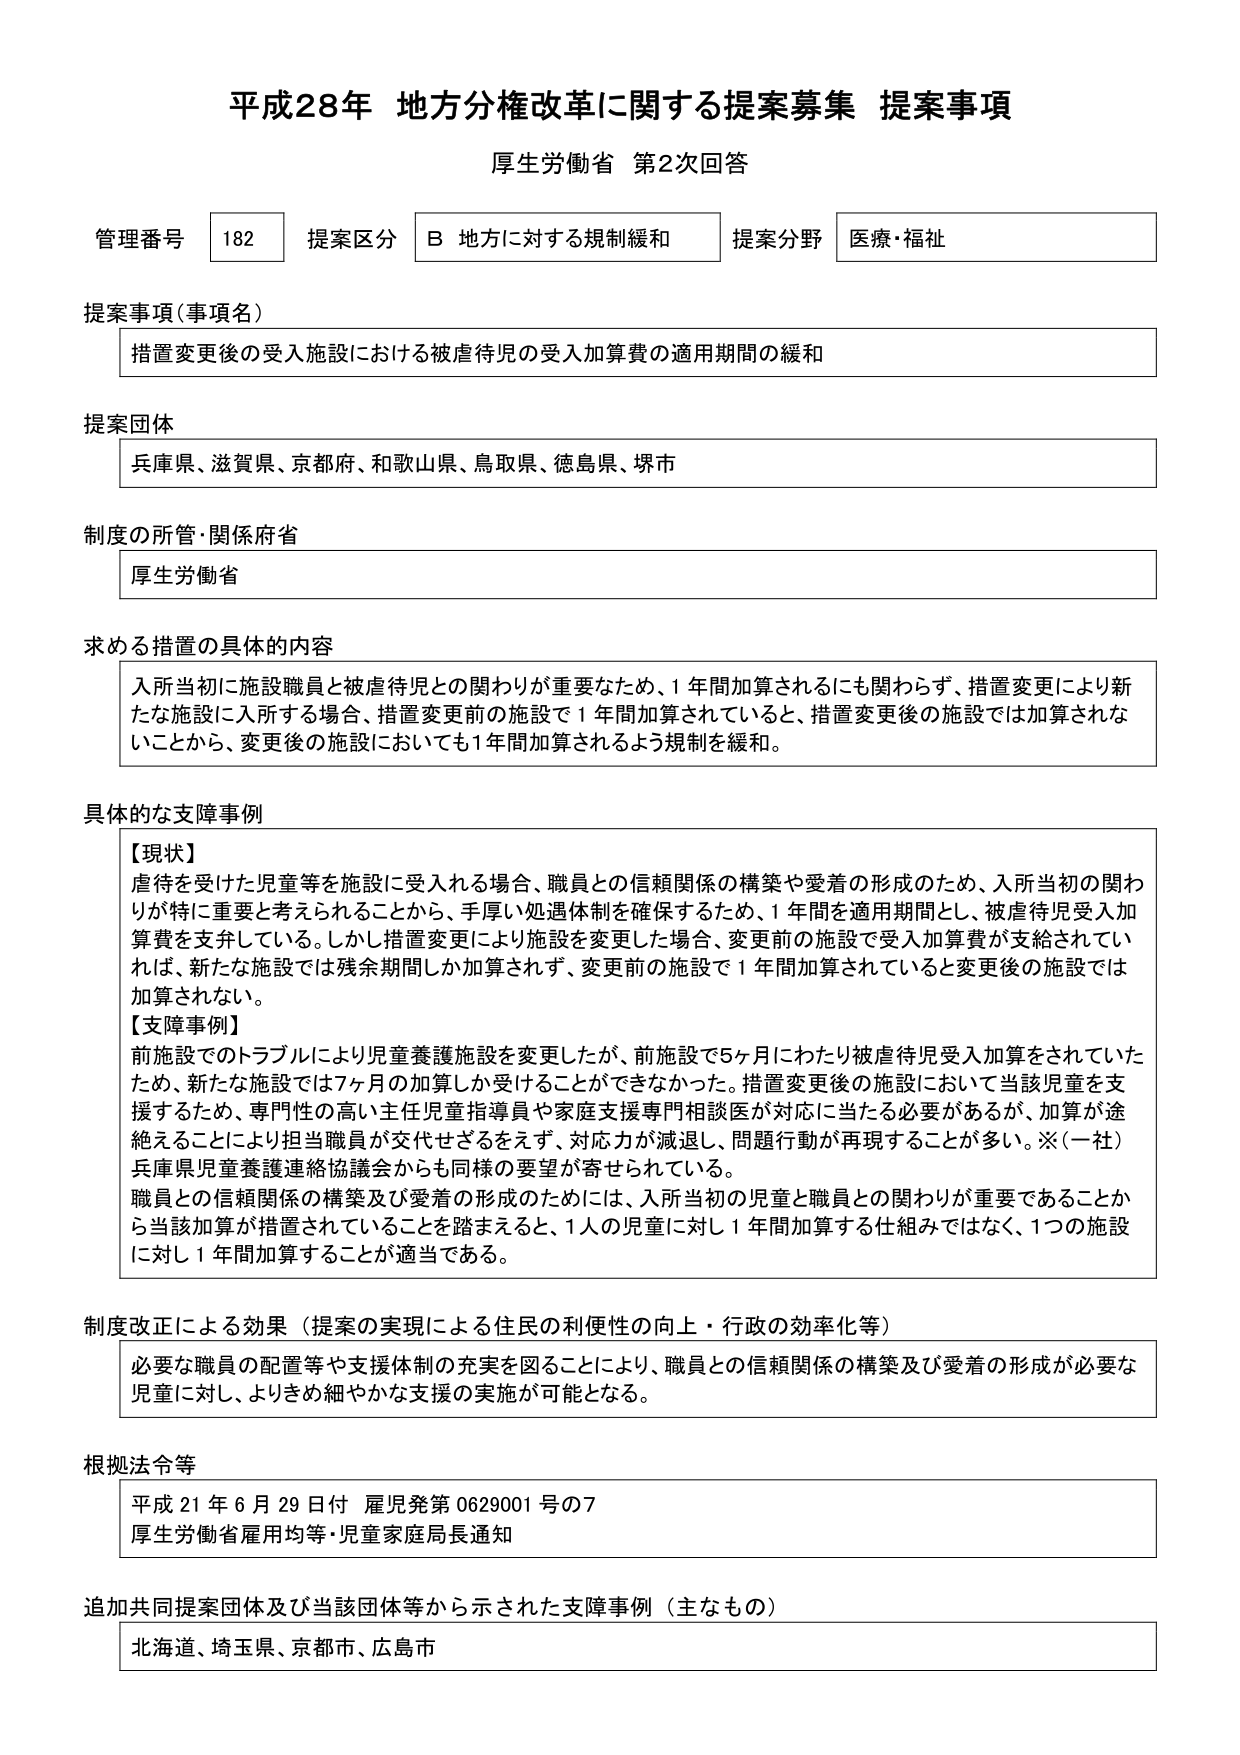
平成28年 地方分権改革に関する提案募集 提案事項
厚生労働省 第2次回答

管理番号 182 提案区分 B 地方に対する規制緩和 提案分野 医療・福祉

提案事項（事項名）
措置変更後の受入施設における被虐待児の受入加算費の適用期間の緩和

提案団体
兵庫県、滋賀県、京都府、和歌山県、鳥取県、徳島県、堺市

制度の所管・関係府省
厚生労働省

求める措置の具体的内容
入所当初に施設職員と被虐待児との関わりが重要なため、1年間加算されるにも関わらず、措置変更により新たな施設に入所する場合、措置変更前の施設で1年間加算されていると、措置変更後の施設では加算されないことから、変更後の施設においても1年間加算されるよう規制を緩和。

具体的な支援事例
【現状】
虐待を受けた児童等を施設に受入れる場合、職員との信頼関係の構築や愛着の形成のため、入所当初の関わりが特に重要と考えられることから、手厚い処遇体制を確保するため、1年間を適用期間とし、被虐待児受入加算費を支弁している。しかし措置変更により施設を変更した場合、変更前の施設で受入加算費が支給されていれば、新たな施設では残余期間しか加算されず、変更前の施設で1年間加算されていると変更後の施設では加算されない。
【支援事例】
前施設でのトラブルにより児童養護施設を変更したが、前施設で5ヶ月にわたり被虐待児受入加算をされていたため、新たな施設では7ヶ月の加算しか受けることができなかった。措置変更後の施設において当該児童を支援するため、専門性の高い主任児童指導員や家庭支援専門相談医が対応に当たる必要があるが、加算が途絶えることにより担当職員が交代せざるをえず、対応力が減退し、問題行動が再現することが多い。※（一社）兵庫県児童養護連絡協議会からも同様の要望が寄せられている。
職員との信頼関係の構築及び愛着の形成のためには、入所当初の児童と職員との関わりが重要であることから当該加算が措置されていることを踏まえると、1人の児童に対し1年間加算する仕組みではなく、1つの施設に対し1年間加算することが適当である。

制度改正による効果（提案の実現による住民の利便性の向上・行政の効率化等）
必要な職員の配置等や支援体制の充実を図ることにより、職員との信頼関係の構築及び愛着の形成が必要な児童に対し、よりきめ細やかな支援の実施が可能となる。

根拠法令等
平成21年6月29日付 雇児発第0629001号の7
厚生労働省雇用均等・児童家庭局長通知

追加共同提案団体及び当該団体等から示された支援事例（主なもの）
北海道、埼玉県、京都市、広島市